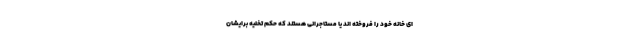
ای خانه خود را فروخته اند یا مستاجرانی هستند که حکم تخلیه برایشان